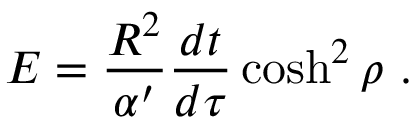
E = { \frac { R ^ { 2 } } { \alpha ^ { \prime } } } { \frac { d t } { d \tau } } \cosh ^ { 2 } \rho \ .